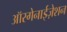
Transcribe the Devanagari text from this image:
ऑरगेनाईज़ेशन